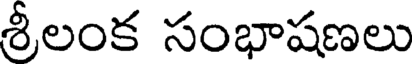
శ్రీలంక సంభాషణలు